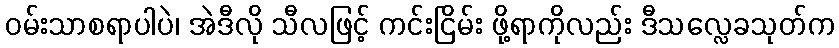
ဝမ်းသာစရာပါပဲ၊ အဲဒီလို သီလဖြင့် ကင်းငြိမ်း ဖို့ရာကိုလည်း ဒီသလ္လေခသုတ်က